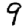
Digit: 9